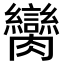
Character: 臠